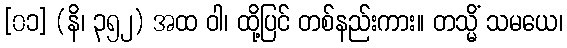
[၀၁] (နိ၊ ၃၅၂) အထ ဝါ၊ ထို့ပြင် တစ်နည်းကား။ တသ္မိံ သမယေ၊